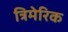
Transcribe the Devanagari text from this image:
त्रिमेरिक